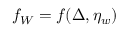
f _ { W } = f ( \Delta , \eta _ { w } )